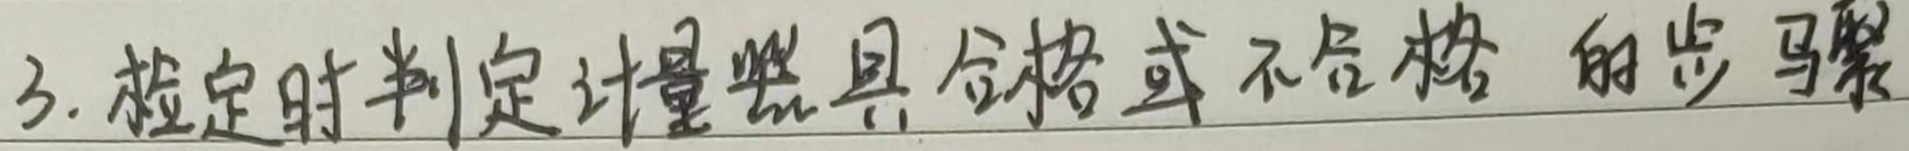
3. 检定时判定计量器具合格或不合格的步骤